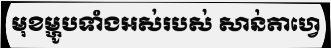
មុខម្ហូបទាំងអស់របស់ សាន់តាហ្វេ